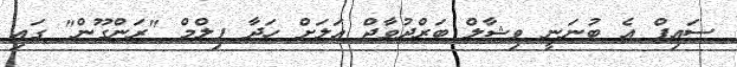
ސައިފް އެ ބުނަނީ ވިޝާލް ބަރްދުވާޖް އަލަށް ހަދާ ފިލްމް "ރަންގޫން" ގައި